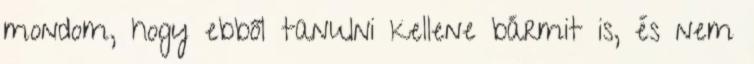
mondom, hogy ebből tanulni kellene bármit is, és nem